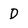
Character: D